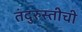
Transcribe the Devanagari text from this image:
तंदुरुस्तीची